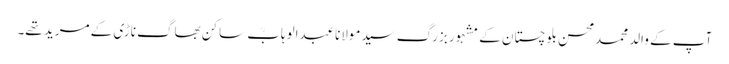
آپ کے والد محمدمحسن بلوچستان کے مشہور بزرگ سیدمولاناعبدالوہابؒ ساکن بھاگ ناڑی کے مرید تھے۔